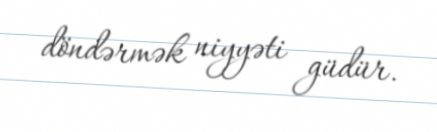
döndərmək niyyəti güdür.